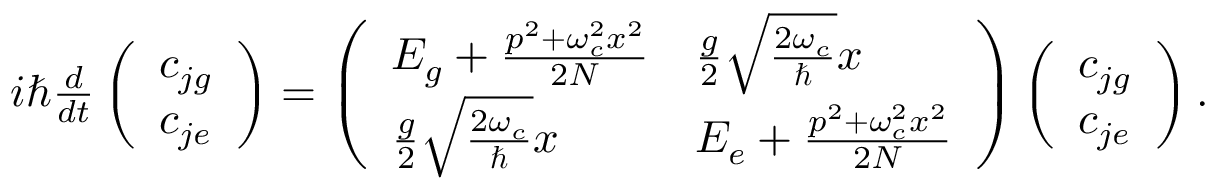
\begin{array} { r } { i \hbar \frac { d } { d t } \left( \begin{array} { l } { c _ { j g } } \\ { c _ { j e } } \end{array} \right) = \left( \begin{array} { l l } { E _ { g } + \frac { p ^ { 2 } + \omega _ { c } ^ { 2 } x ^ { 2 } } { 2 N } } & { \frac { g } { 2 } \sqrt { \frac { 2 \omega _ { c } } { \hbar } } x } \\ { \frac { g } { 2 } \sqrt { \frac { 2 \omega _ { c } } { \hbar } } x } & { E _ { e } + \frac { p ^ { 2 } + \omega _ { c } ^ { 2 } x ^ { 2 } } { 2 N } } \end{array} \right) \left( \begin{array} { l } { c _ { j g } } \\ { c _ { j e } } \end{array} \right) . } \end{array}